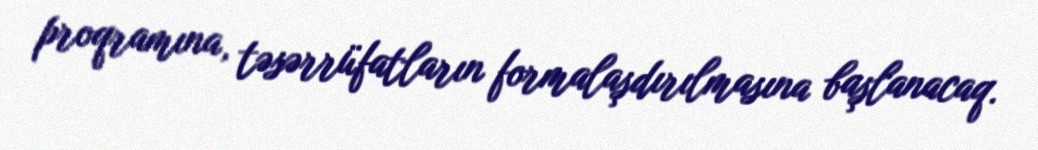
proqramına, təsərrüfatların formalaşdırılmasına başlanacaq.